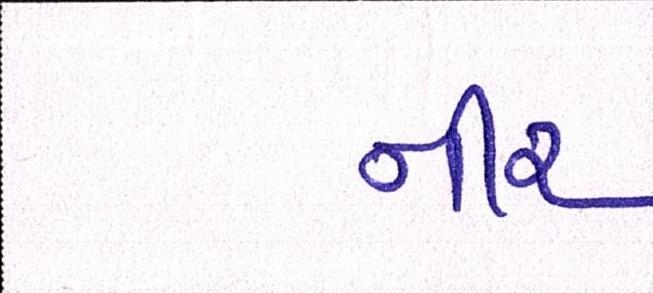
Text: નીર